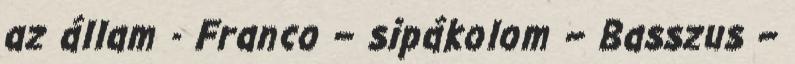
az állam - Franco – sipákolom – Basszus –